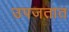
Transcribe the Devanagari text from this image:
उपजतात